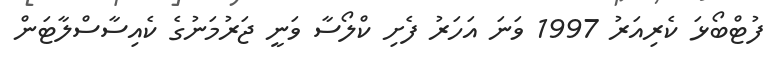
ފުޓްބޯޅަ ކެރިއަރު 1997 ވަނަ އަހަރު ފެށި ކްލޯސާ ވަނީ ޖަރުމަނުގެ ކެއިސާސްލާޓަން